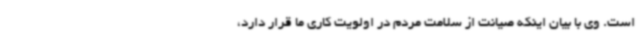
است. وی با بیان اینکه صیانت از سلامت مردم در اولویت کاری ما قرار دارد،